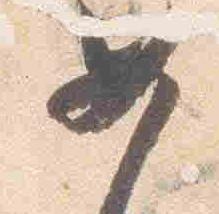
女